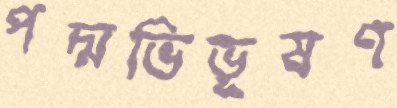
পদ্মভিভূষণ